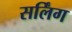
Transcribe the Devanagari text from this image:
सर्लिंग